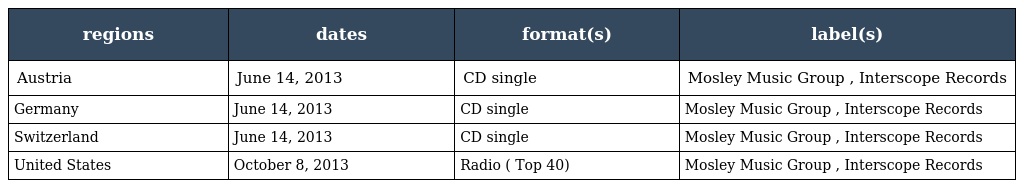
| regions | dates | format(s) | label(s) |
 | --- | --- | --- | --- |
 | Austria | June 14, 2013 | CD single | Mosley Music Group , Interscope Records |
 | Germany | June 14, 2013 | CD single | Mosley Music Group , Interscope Records |
 | Switzerland | June 14, 2013 | CD single | Mosley Music Group , Interscope Records |
 | United States | October 8, 2013 | Radio ( Top 40) | Mosley Music Group , Interscope Records |